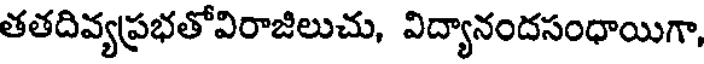
తతదివ్యప్రభతోవిరాజిలుచు, విద్యానందసంధాయిగా,